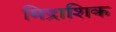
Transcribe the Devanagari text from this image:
मिद्राशिक